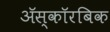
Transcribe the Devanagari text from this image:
अॅस्कॉरबिक